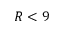
R < 9